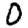
Digit: 0